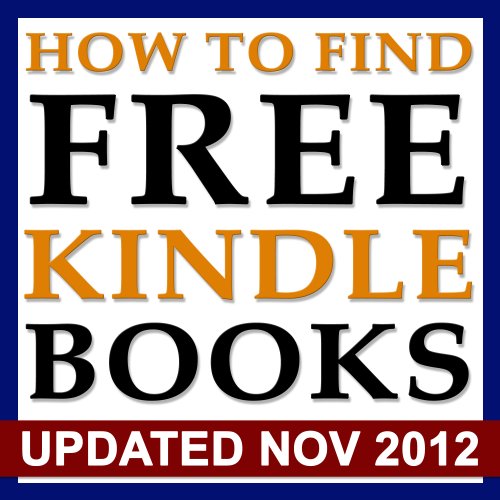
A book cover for How To Find Free Kindle Books: Find free books for Kindle with this resource of over 65 current sites dedicated to free ebooks!; Jack Meyers; Computers & Technology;